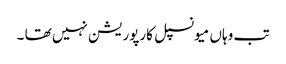
تب وہاں میونسپل کارپوریشن نہیں تھا ۔